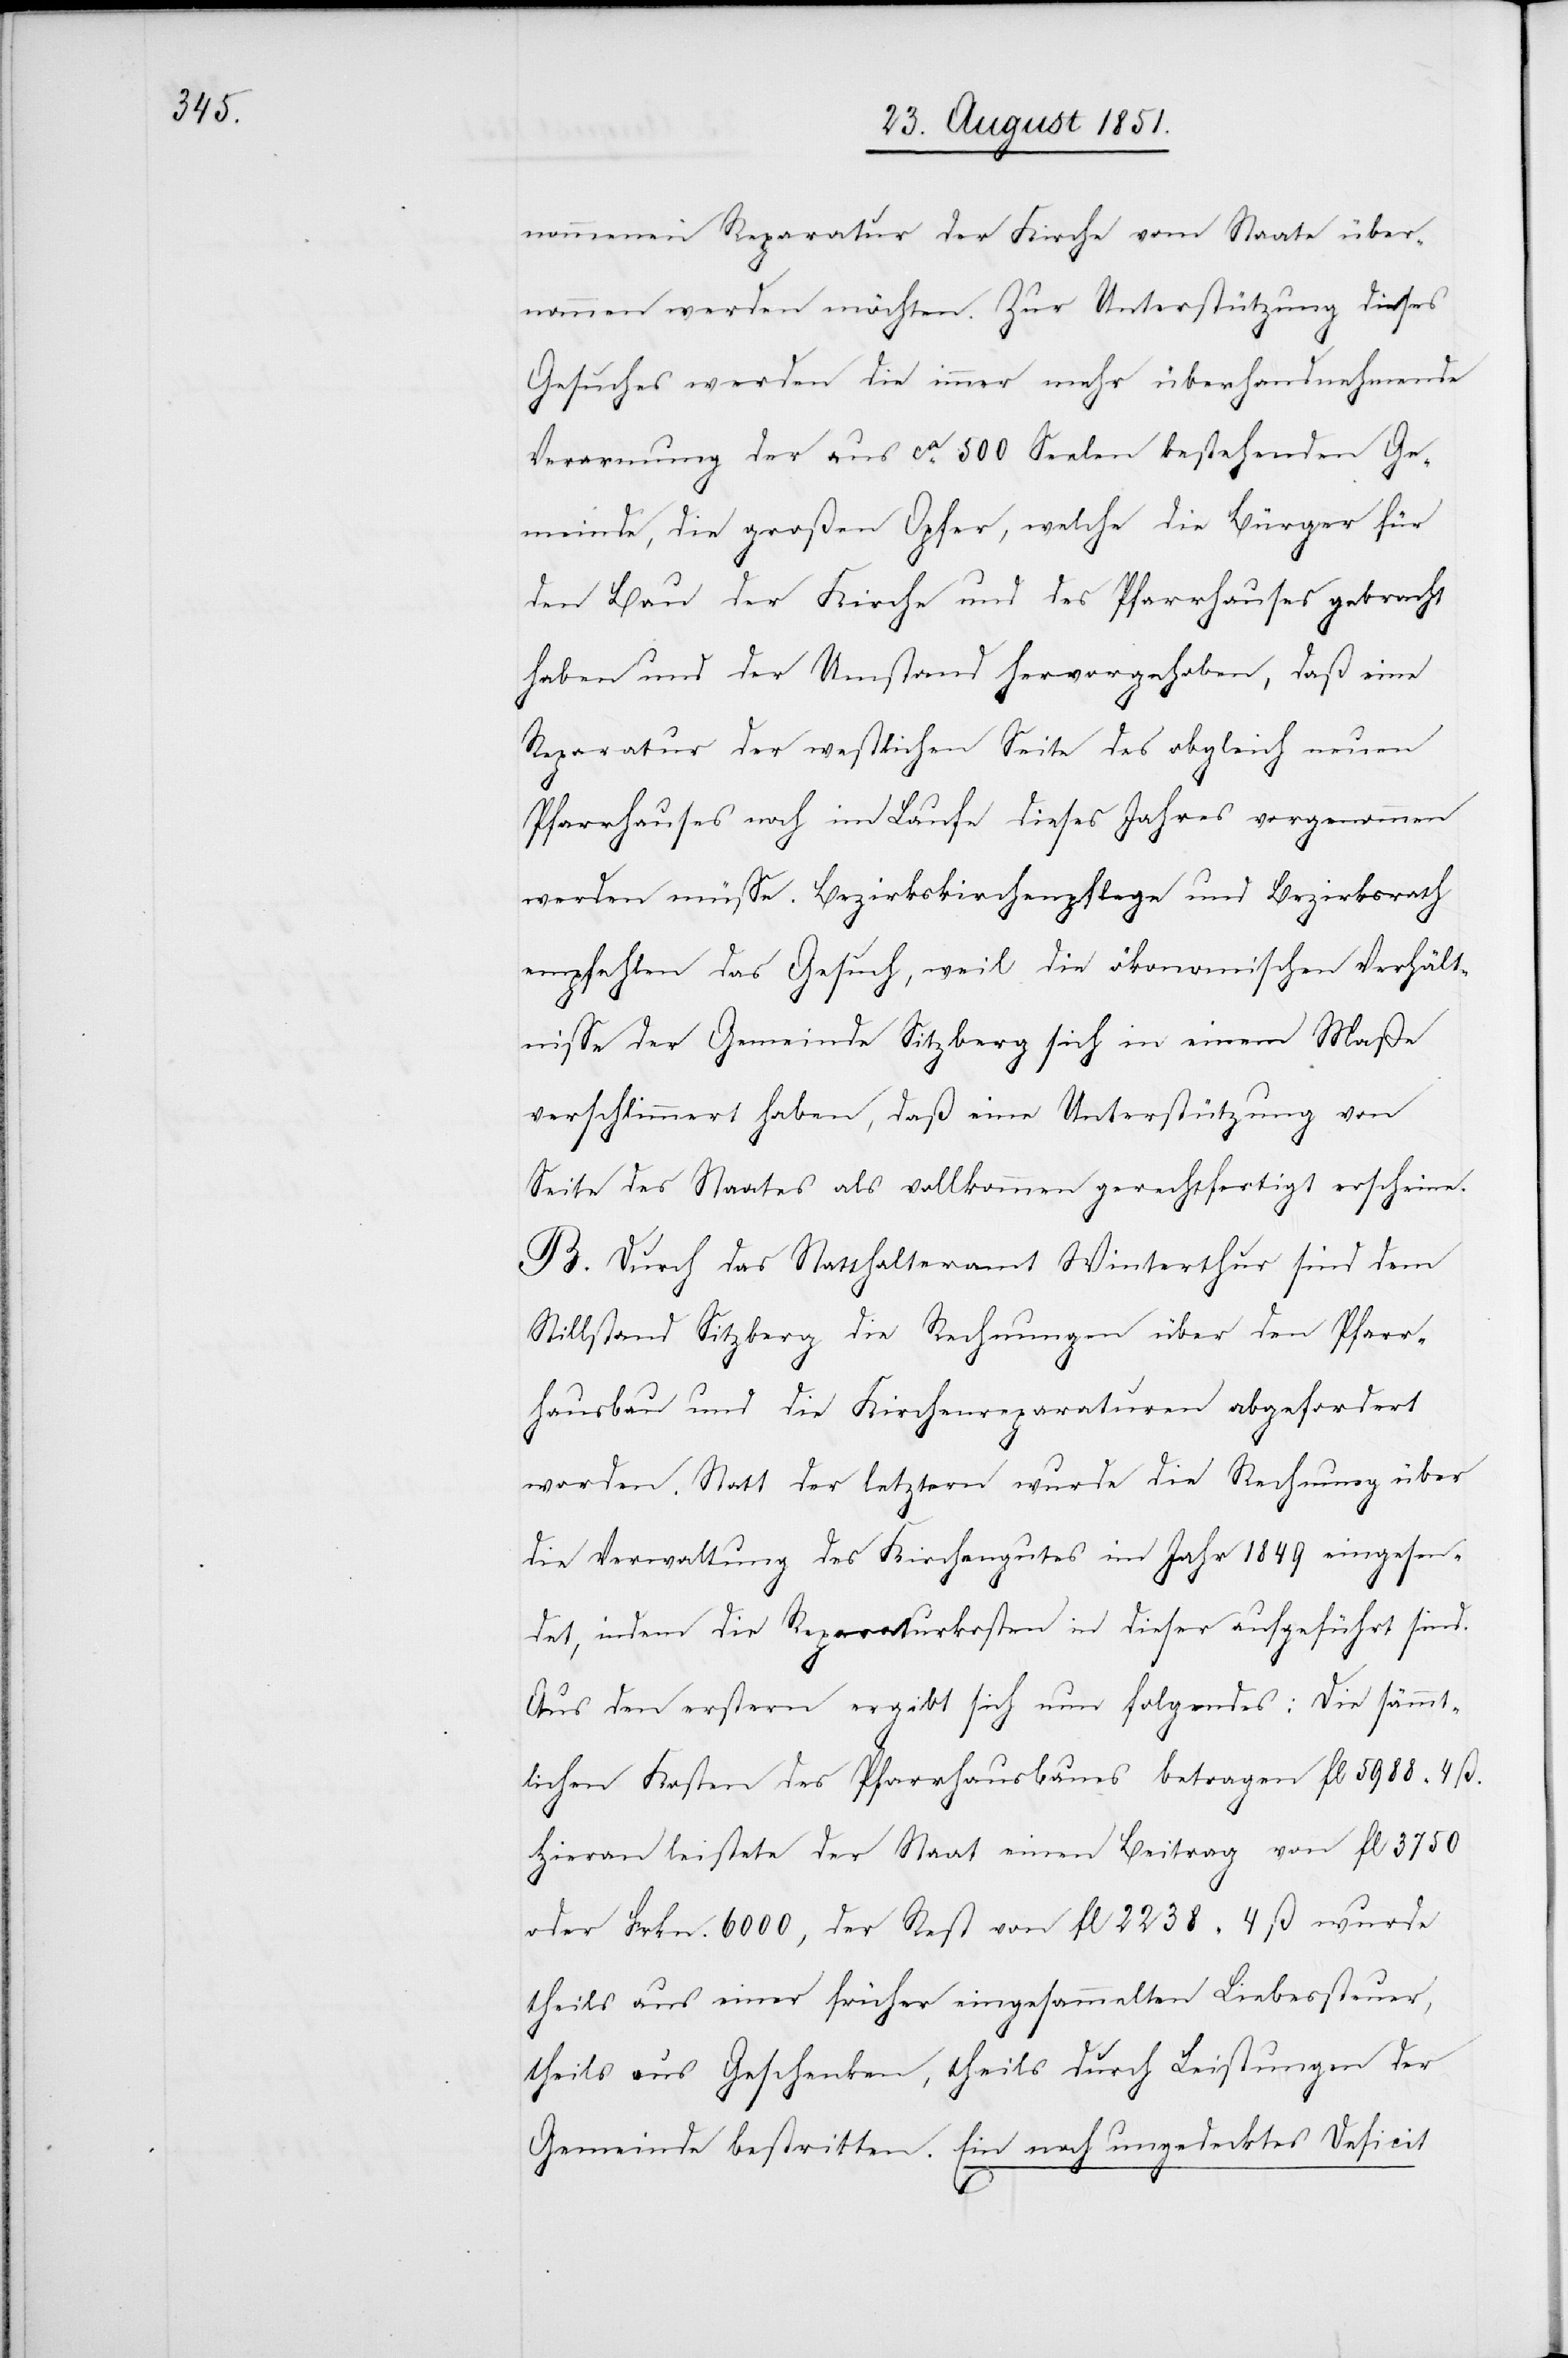
nommenen Reparatur der Kirche vom Staate über¬
nommen werden möchten. Zur Unterstützung dieses
Gesuches werden die immer mehr überhandnehmende
Verarmung der aus ca. 500 Seelen bestehenden Ge¬
meinde, die großen Opfer, welche die Bürger für
den Bau der Kirche und des Pfarrhauses gebracht
haben und der Umstand hervorgehoben, daß eine
Reparatur der westlichen Seite des obgleich neuen
Pfarrhauses noch im Laufe dieses Jahres vorgenommen
werden müsse. Bezirkskirchenpflege und Bezirksrath
empfehlen das Gesuch, weil die ökonomischen Verhält¬
nisse der Gemeinde Sitzberg sich in einem Maße
verschlimmert haben, daß eine Unterstützung von
Seite des Staates als vollkommen gerechtfertigt erscheine.
B. Durch das Statthalteramt Winterthur sind dem
Stillstand Sitzberg die Rechnungen über den Pfarr¬
hausbau und die Kirchenreparaturen abgefordert
worden. Statt der letztern wurde die Rechnung über
die Verwaltung des Kirchengutes im Jahr 1849 eingesen¬
det, indem die Reparaturkosten in dieser aufgeführt sind.
Aus den erstern ergibt sich nun folgendes: Die sämmt¬
lichen Kosten des Pfarrhausbaues betragen fl 5988 4 ß.
Hieran leistete der Staat einen Beitrag von fl 3750
oder Frkn. 6000, der Rest von fl 2238 4 ß wurde
theils aus einer früher eingesammelten Liebessteuer,
theils aus Geschenken, theils durch Leistungen der
Gemeinde bestritten. Ein noch ungedecktes Deficit